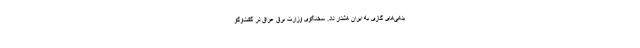
بدهی‌های گازی به ایران هشدار داد. سخنگوی وزارت برق عراق در گفت‌و‌گو